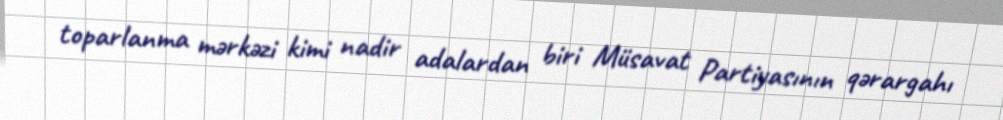
toparlanma mərkəzi kimi nadir adalardan biri Müsavat Partiyasının qərargahı